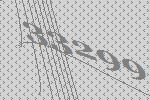
33299